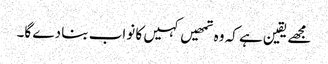
مجھے یقین ہے کہ وہ تمھیں کہیں کا نواب بنا دے گا۔